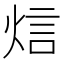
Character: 𤉘